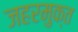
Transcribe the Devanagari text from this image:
जहरमुक्त